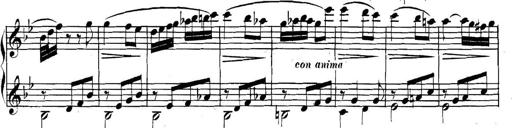
Title: Collected Piano Sonatas
Composer: Muzio Clementi